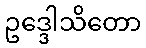
ဥဒ္ဒေါသိတော